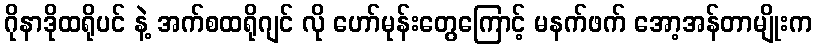
ဂိုနာဒိုထရိုပင် နဲ့ အက်စထရိုဂျင် လို ဟော်မုန်းတွေကြောင့် မနက်ဖက် အော့အန်တာမျိုးက